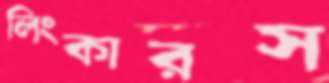
লিংকারস